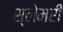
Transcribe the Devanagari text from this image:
स्लेमरी